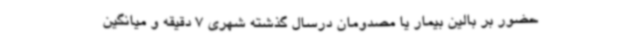
حضور بر بالین بیمار یا مصدومان درسال گذشته شهری 7 دقیقه و میانگین